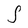
Character: S